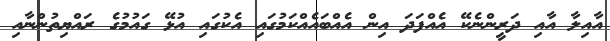
އާއިލާ އާއި ދަރީންނެކޭ އެއްފަދަ އިން އެއްބައެއްކަމުގައި އެކުގައި އުޅޭ ގައުމުގެ ރައްޔިތުންނާއި